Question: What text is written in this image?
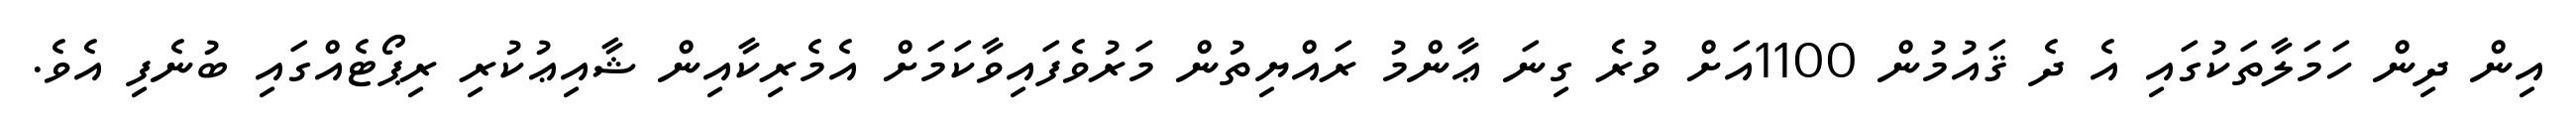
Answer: އިން ދިން ހަމަލާތަކުގައި އެ ދެ ޤައުމުން 1100އަށް ވުރެ ގިނަ ޢާންމު ރައްޔިތުން މަރުވެފައިވާކަމަށް އެމެރިކާއިން ޝާއިޢުކުރި ރިޕޯޓެއްގައި ބުނެފި އެވެ.